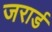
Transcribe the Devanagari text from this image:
जरार्ड